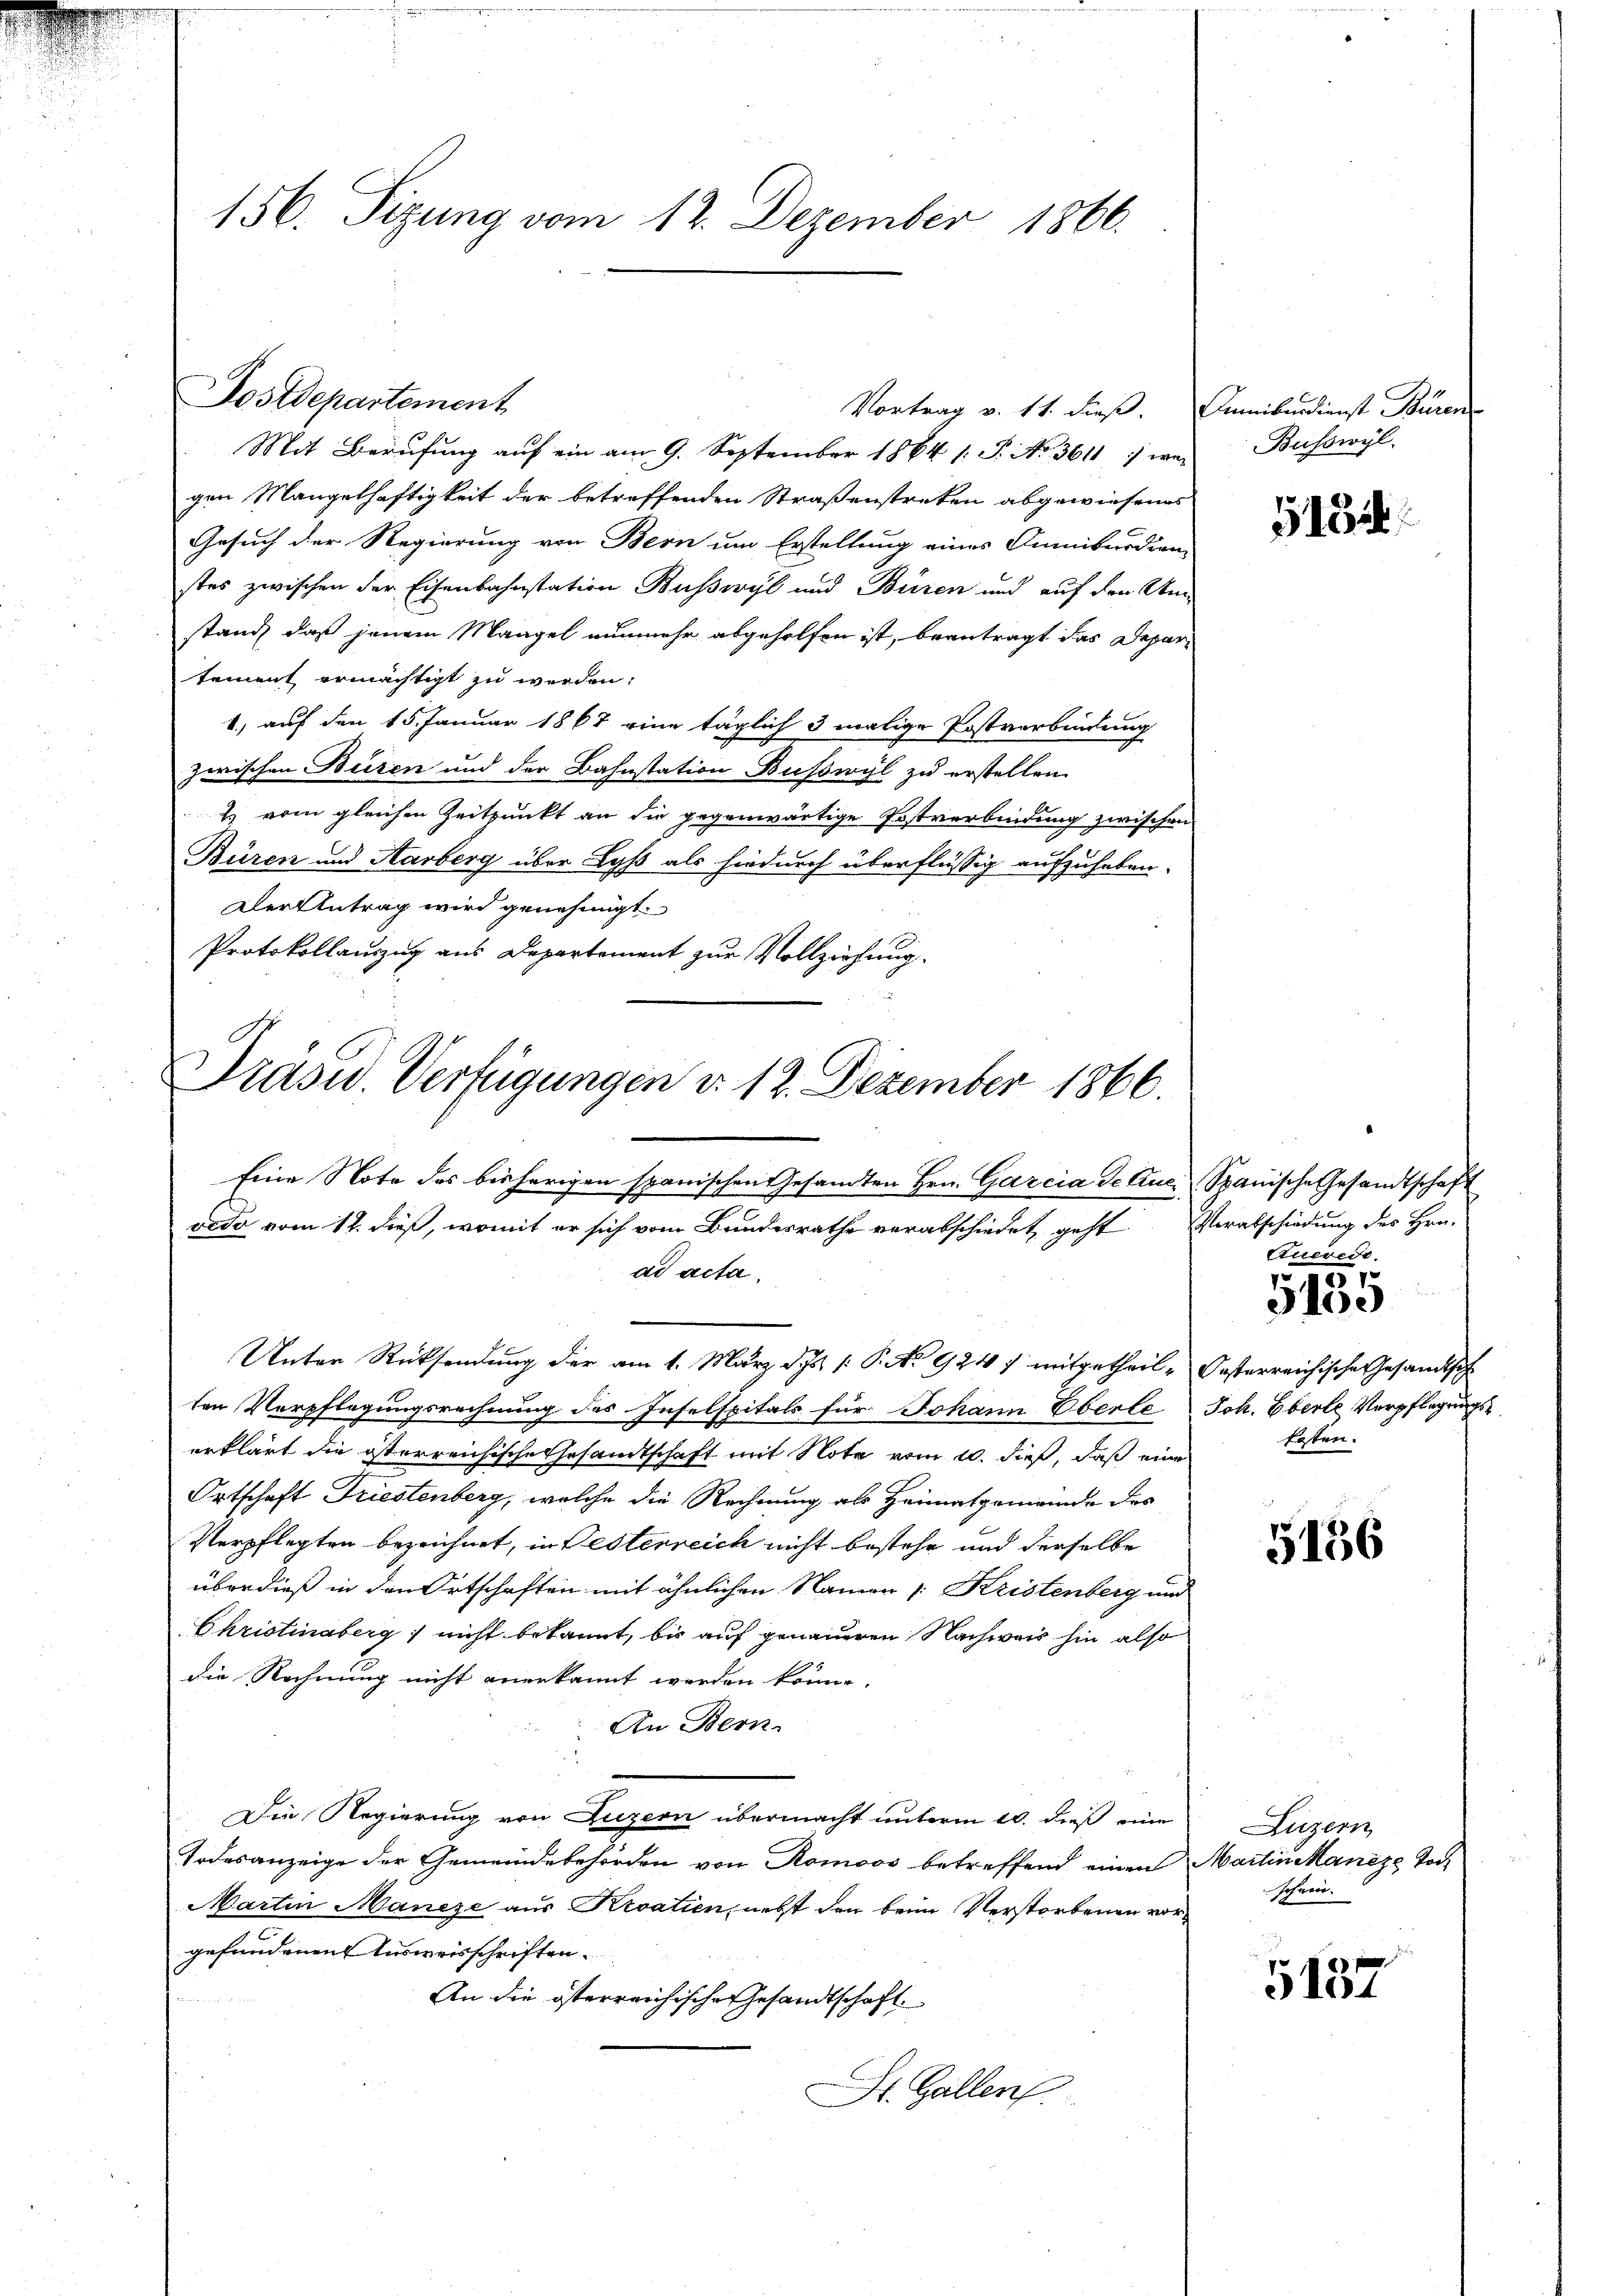
Mit Berufung auf ein am 9. September 1864 (: P. No. 3611 ; wei
gen Mangelhaftigkeit der betreffenden Straßenstreken abgewiesenes
Gesuch der Regierung von Bern um Erstellung eines Anmiburdien-
stes zwischen der Eisenbahnstation Busswyl und Büren und auf den Unstand, daß jenem Mangel nunmehr abgeholfen ist, beantragt das Departement ermächtigt zu werden:
1) auf den 15. Januar 1867 eine täglich 3 malige Postverbindung
zwischen Beizen und der Bahnstation Busswyl zu erstellen.
E vom gleichen Zeitpunkt an die gegenwärtige Postverbindung zwischen
Büren und Aarberg über Lyss als hiedurch überflüssig aufzuheben.
Der Antrag wird genehmigt.
Protokollauszug aus Departement zur Vollziehung.

Postdepartement

Prasw. Verfügungen d. 12. Dezember 1866.

ad acta.
ten Verpflegungsrechnung des Inselspitals für Johann Eberle Joh. Eberle Verpflegungserklärt die österreichische Gesandtschaft mit Note vom 10. dieß, daß eine
Ortschaft Triestenberg, welche die Rechnung als Heimatgemeinde des
Verpflegten bezeichnet, in Festerreich nicht bestehe und derselbe
überdieß in den Ortschaften mit ähnlichen Namen [Kristenberg und
Christinaberg) nicht bekannt, bis auf genaueren Nachweis hin also
die Rechnung nicht angekannt werden könne.
An Bern.
Die Regierung von Luzern übermacht unterm 10. dieß eine
Todesanzeige der Gemeindebehörden von Romoos betreffend einen Martin Manze Toch
Martin Mancze aus Kroatien, nebst den beim Verstorbenen vorgefundenen Ausweisschriften
An die österreichische Gesandtschaft
St. Gallen.

156. Sizung vom 12. Dezember 1866.

Eine Note des bisherigen spanischen Gesandten Hrn. Garcia de Aue Spanische Gesandtschaft
redo vom 12. dieß, womit er sich vom Bundesrathe verabschiedet, geht Verabschiedung des Hrn.
Unter Rücksendung der am 1. März d. J. P. No 924 7 mitgetheil- Pasterreichische Gesandtsch

Vortrag v. 11. dieß. Dummiburdienst Büren

Busswyl.

5152

Querede.

451.
3100

teten.

5156

Luzern
schein.

5137